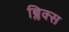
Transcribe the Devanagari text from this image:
ब्लिक्स